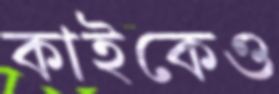
কাইকেও